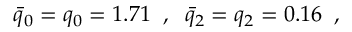
\begin{array} { r } { \Bar { q } _ { 0 } = q _ { 0 } = 1 . 7 1 \; \; , \; \; \Bar { q } _ { 2 } = q _ { 2 } = 0 . 1 6 \; \; , } \end{array}